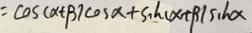
= \cos ( \alpha + \beta ) \cos \alpha + \sin ( \alpha + \beta ) \sin \alpha